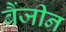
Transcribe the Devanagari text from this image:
बैंजीन